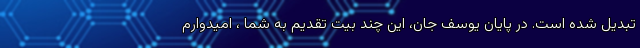
تبدیل شده است. در پایان یوسف جان، این چند بیت تقدیم به شما ، امیدوارم